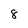
Character: 8